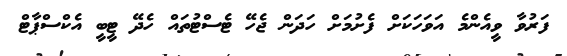
ފަރުވާ ވީއެންމެ އަވަހަކަށް ފެށުމަށް ހަދަން ޖެހޭ ޓެސްޓުތައް ހެދޭ ޓީބީ އެކްސްޕާޓް